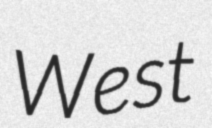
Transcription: West